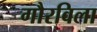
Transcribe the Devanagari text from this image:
गौरविला